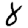
Digit: 8